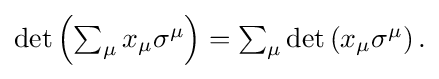
{\textstyle \det \left(\sum _{\mu }x_{\mu }\sigma ^{\mu }\right)=\sum _{\mu }\det \left(x_{\mu }\sigma ^{\mu }\right).}